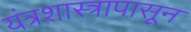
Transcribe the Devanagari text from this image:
यंत्रशास्त्रापासून